Annual report of the Punjab Veterinary College and of the Civil Veterinary Department, Punjab - 1909-1919
Year: 1909
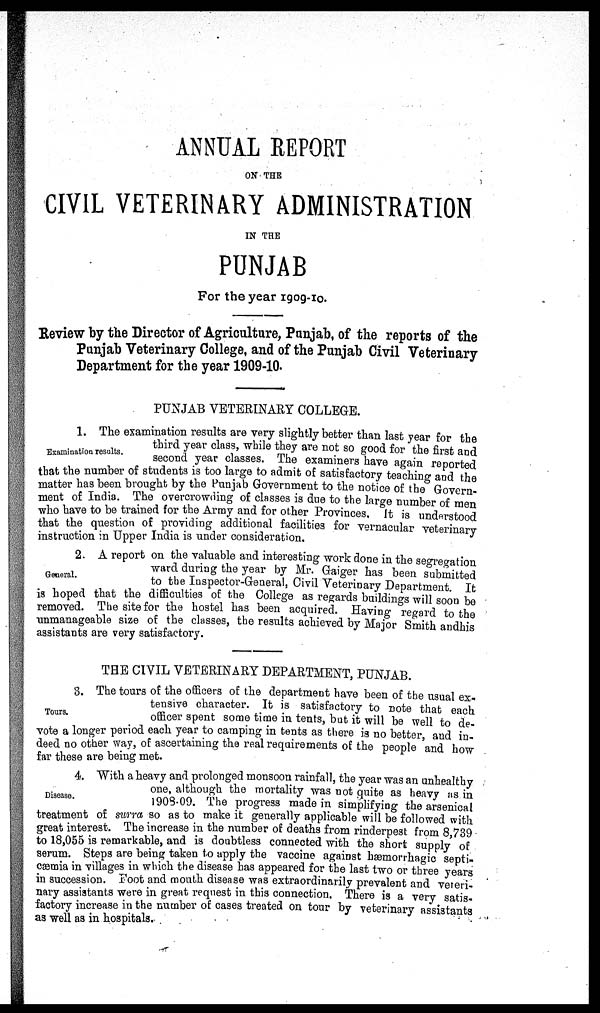
ANNUAL REPORT
ON THE
CIVIL VETERINARY ADMINISTRATION
IN THE
PUNJAB
For the year 1909-10.
Review by the Director of Agriculture, Punjab, of the reports of the
Punjab Veterinary College, and of the Punjab Civil Veterinary
Department for the year 1909-10.
PUNJAB VETERINARY COLLEGE.
Examination results.
1. The examination results are very slightly better than last year for the
third year class, while they are not so good for the first and
second year classes. The examiners have again reported
that the number of students is too large to admit of satisfactory teaching and the
matter has been brought by the Punjab Government to the notice of the Govern
ment of India. The overcrowding of classes is due to the large number of men
who have to be trained for the Army and for other Provinces. It is understood
that the question of providing additional facilities for vernacular veterinary
instruction in Upper India is under consideration.
General.
2. A report on the valuable and interesting work done in the segregation
ward during the year by Mr. Gaiger has been submitted
to the Inspector-General, Civil Veterinary Department
It
is hoped that the difficulties of the College as regards buildings will soon be
removed. The site for the hostel has been acquired. Having regard to the
unmanageable size of the classes, the results achieved by Major Smith and his
assistants are very satisfactory.
THE CIVIL VETERINARY DEPARTMENT, PUNJAB.
Tours.
3. The tours of the officers of the department have been of the usual ex-
tensive character. It is satisfactory to note that each
officer spent some time in tents, but it will be well to de-
vote a longer period each year to camping in tents as there is no better, and in-
deed no other way, of ascertaining the real requirements of the people and how
far these are being met.
Disease.
4. With a heavy and prolonged monsoon rainfall, the year was an unhealthy
one, although the mortality was not quite as heavy as in
1908-09. The progress made in simplifying the arsenical
treatment of surra so as to make it generally applicable will be followed with
great interest. The increase in the number of deaths from rinderpest from 8,739
to 18,055 is remarkable, and is doubtless connected with the short supply of
serum. Steps are being taken to apply the vaccine against hæmorrhagic septi-
caemia in villages in which the disease has appeared for the last two or three years
in succession. Foot and mouth disease was extraordinarily prevalent and veteri-
nary assistants were in great request in this connection. There is a very satis-
factory increase in the number of cases treated on tour by veterinary assistants
as well as in hospitals.